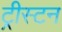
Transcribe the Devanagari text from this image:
ट्रीस्टन